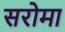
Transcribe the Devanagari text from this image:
सरोमा